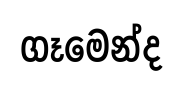
ගෑමෙන්ද